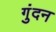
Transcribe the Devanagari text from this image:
गुंदन